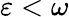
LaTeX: \varepsilon<\omega